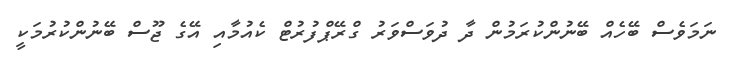
ނަމަވެސް ބޭހެއް ބޭނުންކުރަމުން ދާ ދުވަސްވަރު ގްރޭޕްފުރުޓް ކެއުމާއި އޭގެ ޖޫސް ބޭނުންކުރުމަކީ